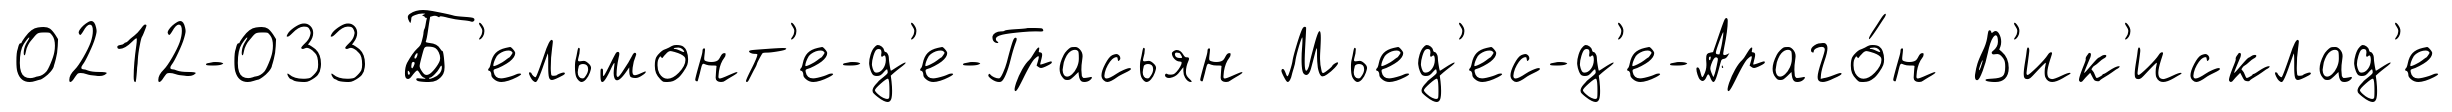
0212-033 Б'ельмонт'е-д'е-Грасьян Мьед'ес-д'е-Араго́н В'ик'исклад'е